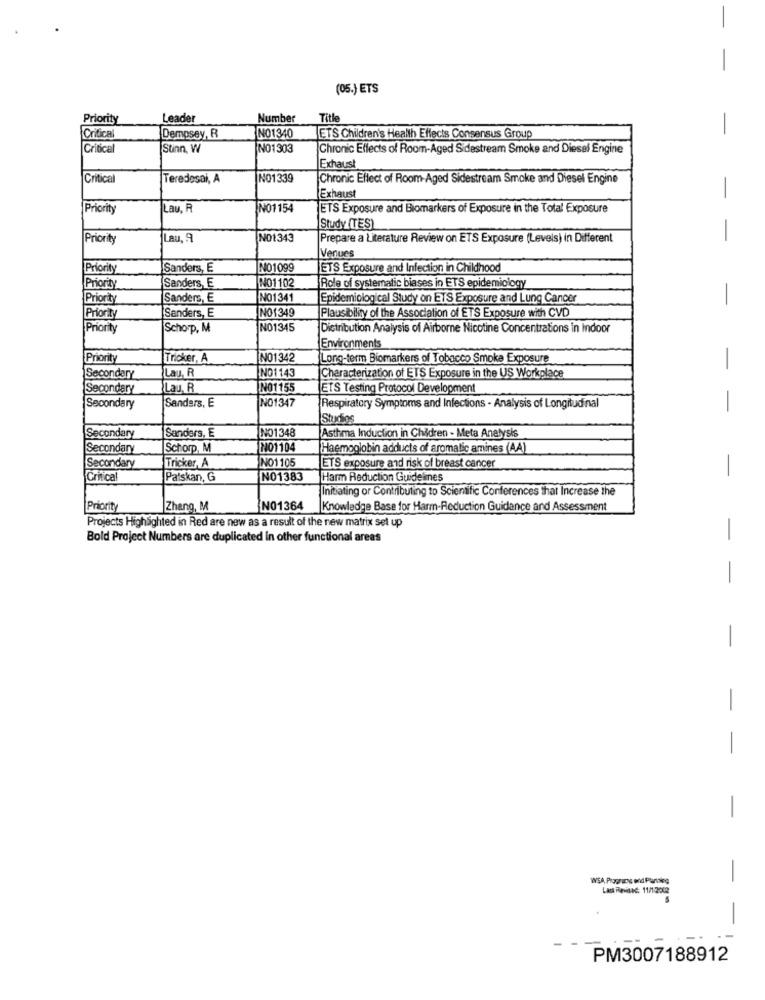
(05.) ETS
Priority
Leader
Number
Title
Critical
Dempsey, R
NO1340
ETS Children's Health Effects Consensus Group
Critical
Stinn, W
NO1303
Chronic Effects of Room-Aged Sidestream Smoke and Diesel Engine
Exhaust
Critical
Teredesai, A
NO1339
Chronic Effect of Room-Aged Sidestream Smoke and Diesel Engine
Exhaust
-
Priority
Lau, R
IN01154
ETS Exposure and Biomarkers of Exposure in the Total Exposure
Study (TES)
Priority
Lau, 9
NO1343
Prepare a Literature Review on ETS Exposure (Levels) in Different
-
Venues
Priority
Sanders, E
NO1099
ETS Exposure and Infection in Childhood
Priority
Sanders, E
NO1102
Role of systematic biases in ETS epidemiology
Priority
Sanders, E
NO1341
Epidemiological Study on ETS Exposure and Lung Cancer
-
Priority
Sanders, E
NO1349
Plausibility of the Association of ETS Exposure with CVD
Priority
Schorp, M
NO1345
Distribution Analysis of Airborne Nicotine Concentrations in Indoor
Environments
Priority
Tricker, A
NO1342
Long-term Biomarkers of Tobacco Smoke Exposure
NO1143
Secondary
Lau, R
Characterization of ETS Exposure in the US Workplace
Secondary
Lau, R
NO1155
ETS Testing Protocol Development
Secondary
Sanders, E
NO1347
Respiratory Symptoms and Infections - Analysis of Longitudinal
- -
Studios
Secondary
NO1348
Sanders, E
Asthma Induction in Children - Meta Analysis
Secondary
Schorp, M
NO1104
Haemoglobin adducts of aromatic amines (AA)
NO1105
Secondary
Tricker, A
ETS exposure and risk of breast cancer
Critical
Paiskan, G
NO1383
Harm Reduction Guidelines
-
Initiating or Contributing to Scientific Conferences that Increase the
Priority
Zhang, M
NO1364
Knowledge Base for Harm-Reduction Guidance and Assessment
Projects Highlighted in Red are new as a result of the new matrix set up
Bold Project Numbers are duplicated in other functional areas
-
-
-
-
-
-
-
Last Revised 11/1.2002
-
-
PM3007188912